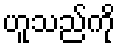
ဟူသည်ကို